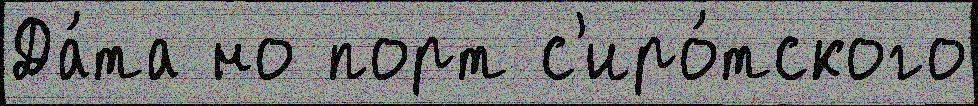
Да́та но порт с'иро́тского